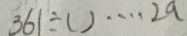
3 6 1 \div ( ) \cdots 2 a